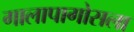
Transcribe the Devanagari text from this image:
गालापागोसला